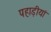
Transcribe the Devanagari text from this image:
पहाड़ीयां